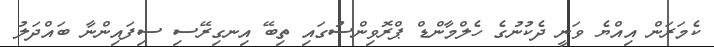
ކެމަރަން އިއްޔެ ވަނީ ދެކުނުގެ ހެލްމާންޑް ޕްރޮވިންސުގައި ތިބޭ އިނގިރޭސި ސިފައިންނާ ބައްދަލު